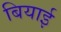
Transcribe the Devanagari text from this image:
बियाई